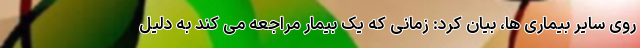
روی سایر بیماری ها، بیان کرد: زمانی که یک بیمار مراجعه می کند به دلیل